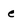
Character: e